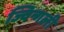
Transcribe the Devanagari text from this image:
ज्विन्गली